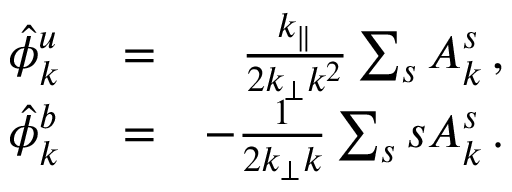
\begin{array} { r l r } { \hat { \phi } _ { k } ^ { u } } & { { } = } & { \frac { k _ { \parallel } } { 2 k _ { \perp } k ^ { 2 } } \sum _ { s } A _ { k } ^ { s } \, , } \\ { \hat { \phi } _ { k } ^ { b } } & { { } = } & { - \frac { 1 } { 2 k _ { \perp } k } \sum _ { s } s A _ { k } ^ { s } \, . } \end{array}